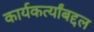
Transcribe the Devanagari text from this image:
कार्यकर्त्यांबद्दल